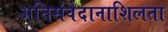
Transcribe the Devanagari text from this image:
अतिसंवेदानाशिलता